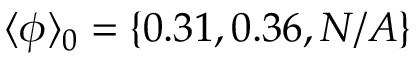
\langle \phi \rangle _ { 0 } = \{ 0 . 3 1 , 0 . 3 6 , N / A \}